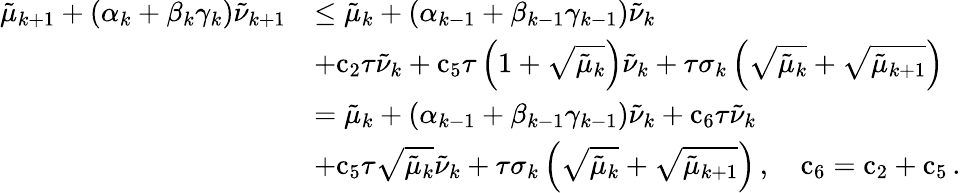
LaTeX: \begin{array}{rl}{{\tilde{\mu}}_{k+1}+\left({\alpha}_{k}+{\beta}_{k}{\gamma}_{k}\right){\tilde{\nu}}_{k+1}}&{\leq{\tilde{\mu}}_{k}+\left({\alpha}_{k-1}+{\beta}_{k-1}{\gamma}_{k-1}\right){\tilde{\nu}}_{k}}\\ &{+{\mathrm{c}}_{2}{\tau}{\tilde{\nu}}_{k}+{\mathrm{c}}_{5}{\tau}\left(1+\sqrt{{\tilde{\mu}}_{k}}\right){\tilde{\nu}}_{k}+{\tau}{\sigma}_{k}\left(\sqrt{{\tilde{\mu}}_{k}}+\sqrt{{\tilde{\mu}}_{k+1}}\right)}\\ &{={\tilde{\mu}}_{k}+\left({\alpha}_{k-1}+{\beta}_{k-1}{\gamma}_{k-1}\right){\tilde{\nu}}_{k}+{\mathrm{c}}_{6}{\tau}{\tilde{\nu}}_{k}}\\ &{+{\mathrm{c}}_{5}{\tau}\sqrt{{\tilde{\mu}}_{k}}{\tilde{\nu}}_{k}+{\tau}{\sigma}_{k}\left(\sqrt{{\tilde{\mu}}_{k}}+\sqrt{{\tilde{\mu}}_{k+1}}\right)\, ,\quad{\mathrm{c}}_{6}={\mathrm{c}}_{2}+{\mathrm{c}}_{5}\, .}\end{array}